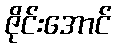
ဇိုင်းအောင်